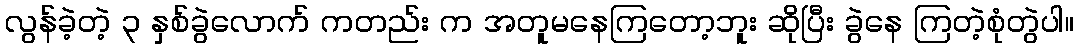
လွန်ခဲ့တဲ့ ၃ နှစ်ခွဲလောက် ကတည်း က အတူမနေကြတော့ဘူး ဆိုပြီး ခွဲနေ ကြတဲ့စုံတွဲပါ။